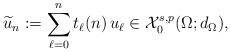
LaTeX: \begin{align*}\widetilde{u}_n:=\sum_{\ell=0}^n t_\ell(n)\,u_\ell\in \mathcal{X}^{s,p}_0(\Omega;d_\Omega),\end{align*}